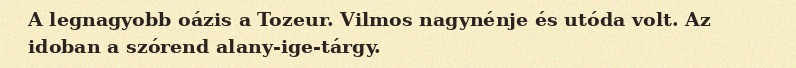
A legnagyobb oázis a Tozeur. Vilmos nagynénje és utóda volt. Az idoban a szórend alany-ige-tárgy.